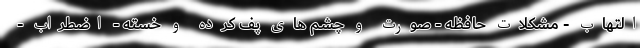
التهاب - مشکلات حافظه - صورت و چشم های پف کرده و خسته - اضطراب -